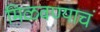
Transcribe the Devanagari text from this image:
मिळवण्याचं